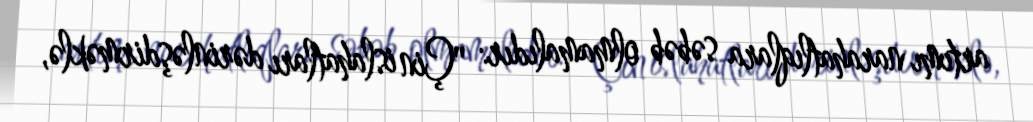
artımı narahatlıqlara səbəb olmamalıdır: "Çin islahatları dərinləşdirməklə,